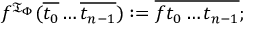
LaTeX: f ^ { { \mathfrak { T } } _ { \Phi } } ( { \overline { { t _ { 0 } } } } \ldots { \overline { { t _ { n - 1 } } } } ) : = { \overline { { f t _ { 0 } \ldots t _ { n - 1 } } } } ;